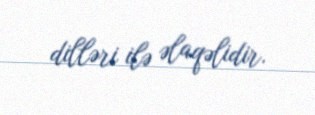
dilləri ilə əlaqəlidir.